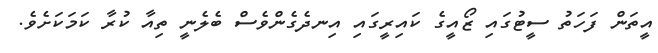
އީތަން ފަހަތު ސީޓުގައި ޒޯއީގެ ކައިރީގައި އިނދެގެންވެސް ބެލެނީ ތިއާ ކުރާ ކަމަކަށެވެ.